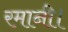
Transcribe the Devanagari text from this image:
रमानी।